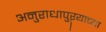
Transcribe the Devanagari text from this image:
अनुराधापुऱ्याच्या